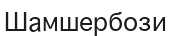
Шамшербози